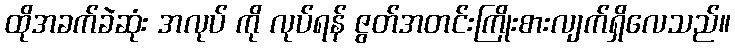
ထိုအခက်ခဲဆုံး အလုပ် ကို လုပ်ရန် ဇွတ်အတင်းကြိုးစားလျက်ရှိလေသည်။